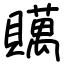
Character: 贎